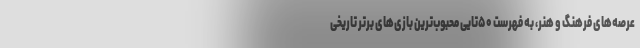
عرصه‌های فرهنگ و هنر، به فهرست ۵۰تایی محبوب‌ترین بازی‌های برتر تاریخی